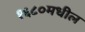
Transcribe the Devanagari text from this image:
१६८०मधील